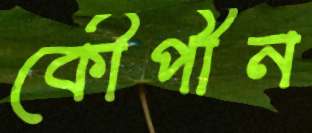
কৌপীন